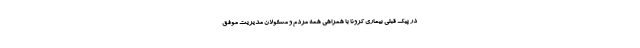
در پیک قبلی بیماری کرونا با همراهی همه مردم و مسئولان مدیریت موفق